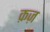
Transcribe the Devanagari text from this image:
क़ज़